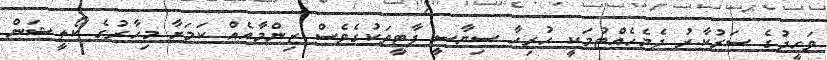
ވަހީދުގެ ސަރުކާރު ދެމެހެއްޓުމަކީ ހުރިހާ ސިޔާސީ ޕާޓީތަކުގެވެސް ޒިންމާއެއް ކަމަށާ މިހާރުގެ ކޯލީޝަން